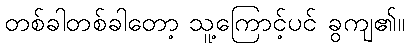
တစ်ခါတစ်ခါတော့ သူ့ကြောင့်ပင် ခွကျ၏။